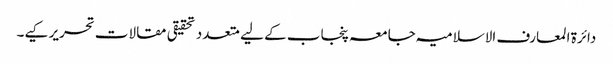
دائرۃ المعارف الاسلامیہ جامعہ پنجاب کے لیے متعدد تحقیقی مقالات تحریر کیے۔